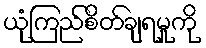
ယုံကြည်စိတ်ချရမှုကို